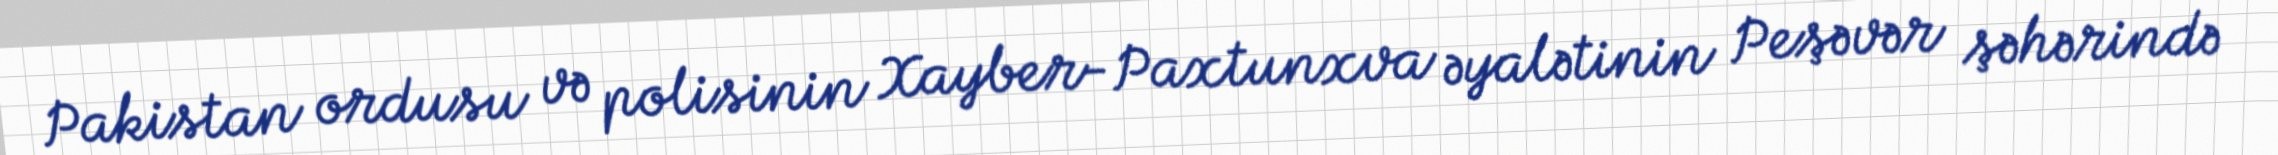
Pakistan ordusu və polisinin Xayber-Paxtunxva əyalətinin Peşəvər şəhərində